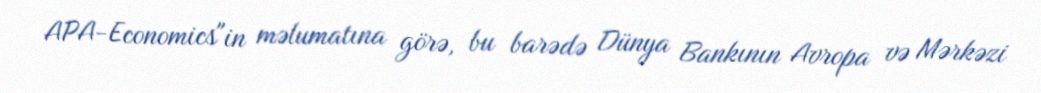
APA-Economics"in məlumatına görə, bu barədə Dünya Bankının Avropa və Mərkəzi